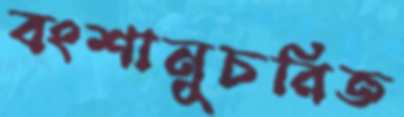
বংশানুচরিত